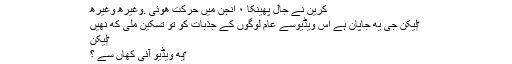
کرین نے جال پھینکا ٠ انجن میں حرکت هوئی .وغیرھ وغیرھ
‎لیکن جی یه جاپان ہے اس ویڈیوسے عام لوگوں کے جذبات کو تو تسکین ملی که نهیں
‎لیکن
‎یه ویڈیو آئی کهاں سے ؟